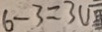
6 - 3 = 3 (